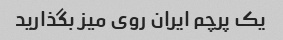
یک پرچم ایران روی میز بگذارید